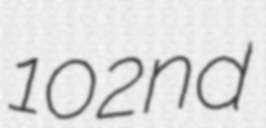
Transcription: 102nd